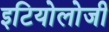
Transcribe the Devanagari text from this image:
इटियोलोजी